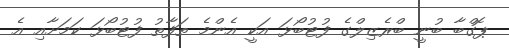
ޕޮގްބާ ބުނީ ބްރެޒިލްގެ ފުޓުބޯޅަ އަކީ އެންމެ ތަފާތު ފުޓުބޯޅަ ކަމަށާއި އެ